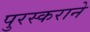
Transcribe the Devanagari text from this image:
पुरस्कराने